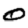
Digit: 0